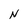
Character: N